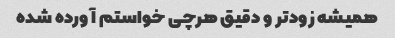
همیشه زودتر و دقیق هرچی خواستم آورده شده